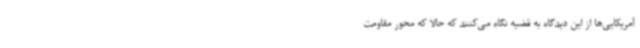
آمریکایی‌ها از این دیدگاه به قضیه نگاه می‌کنند که حالا که محور مقاومت